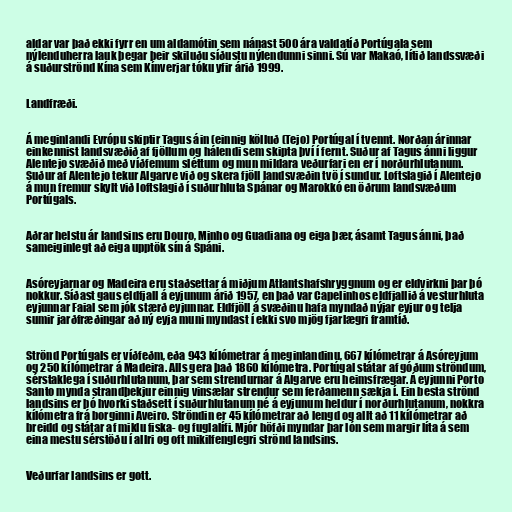
aldar var það ekki fyrr en um aldamótin sem nánast 500 ára valdatíð Portúgala sem
nýlenduherra lauk þegar þeir skiluðu síðustu nýlendunni sinni. Sú var Makaó, lítið landssvæði
á suðurströnd Kína sem Kínverjar tóku yfir árið 1999.

Landfræði.

Á meginlandi Evrópu skiptir Tagus áin (einnig kölluð (Tejo) Portúgal í tvennt. Norðan árinnar
einkennist landsvæðið af fjöllum og hálendi sem skipta því í fernt. Suður af Tagus ánni liggur
Alentejo svæðið með víðfemum sléttum og mun mildara veðurfari en er í norðurhlutanum.
Suður af Alentejo tekur Algarve við og skera fjöll landsvæðin tvö í sundur. Loftslagið í Alentejo
á mun fremur skylt við loftslagið í suðurhluta Spánar og Marokkó en öðrum landsvæðum
Portúgals.

Aðrar helstu ár landsins eru Douro, Minho og Guadiana og eiga þær, ásamt Tagus ánni, það
sameiginlegt að eiga upptök sín á Spáni.

Asóreyjarnar og Madeira eru staðsettar á miðjum Atlantshafshryggnum og er eldvirkni þar þó
nokkur. Síðast gaus eldfjall á eyjunum árið 1957, en það var Capelinhos eldfjallið á vesturhluta
eyjunnar Faial sem jók stærð eyjunnar. Eldfjöll á svæðinu hafa myndað nýjar eyjur og telja
sumir jarðfræðingar að ný eyja muni myndast í ekki svo mjög fjarlægri framtíð.

Strönd Portúgals er víðfeðm, eða 943 kílómetrar á meginlandinu, 667 kílómetrar á Asóreyjum
og 250 kílómetrar á Madeira. Alls gera það 1860 kílómetra. Portúgal státar af góðum ströndum,
sérstaklega í suðurhlutanum, þar sem strendurnar á Algarve eru heimsfrægar. Á eyjunni Porto
Santo mynda strandþekjur einnig vinsælar strendur sem ferðamenn sækja í. Ein besta strönd
landsins er þó hvorki staðsett í suðurhlutanum né á eyjunum heldur í norðurhlutanum, nokkra
kílómetra frá borginni Aveiro. Ströndin er 45 kílómetrar að lengd og allt að 11 kílómetrar að
breidd og státar af miklu fiska- og fuglalífi. Mjór höfði myndar þar lón sem margir líta á sem
eina mestu sérstöðu í allri og oft mikilfenglegri strönd landsins.

Veðurfar landsins er gott.